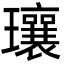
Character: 瓖